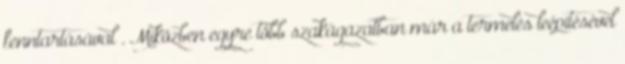
fenntartásával”. Miközben egyre több szakágazatban már a termelés leépítésével